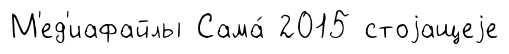
М'ед'иафайлы Сама́ 2015 стоjащеjе